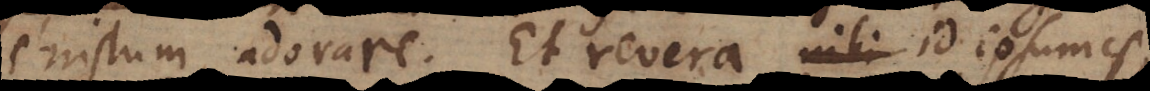
Christum adorare. Et revera id ipsum